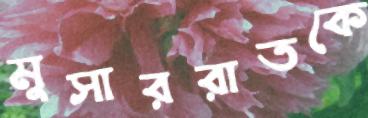
মুসাররাতকে